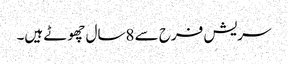
سریش فرح سے 8سال چھوٹے ہیں۔